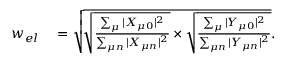
\begin{array} { r l } { w _ { e l } } & { { } = \sqrt { \sqrt { \frac { \sum _ { \mu } | X _ { \mu 0 } | ^ { 2 } } { \sum _ { \mu n } | X _ { \mu n } | ^ { 2 } } } \times \sqrt { \frac { \sum _ { \mu } | Y _ { \mu 0 } | ^ { 2 } } { \sum _ { \mu n } | Y _ { \mu n } | ^ { 2 } } } } . } \end{array}